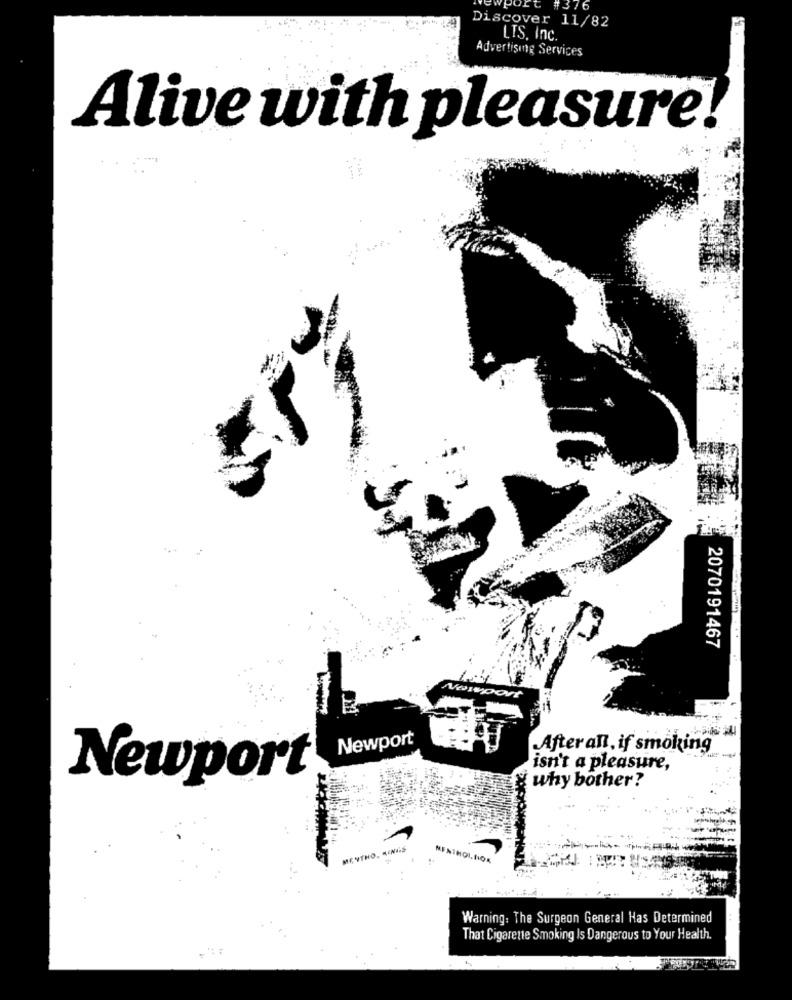
Wport
#376
Discover 11/82
LIS. Inc.
Advertising Services
Alive with pleasure!
2070191467
VOIpo
Newport
Afterall, if smoking
isn't a pleasure,
Newport
why bother?
MRYTHO, KINGS
MENTHOL, NOK
Warning: The Surgeon General Has Determined
That Cigarette Smoking Is Dangerous to Your Health.